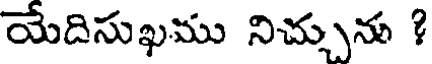
యేదిసుఖము నిచ్చును ?